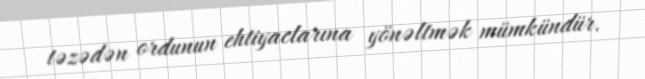
təzədən ordunun ehtiyaclarına yönəltmək mümkündür.